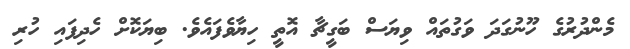
މެންދުރުގެ ހޫނުގަދަ ވަގުތައް ވިޔަސް ބަގީޗާ އޮތީ ހިޔާވެފައެވެ. ބިޔަކޮށް ހެދިފައި ހުރި